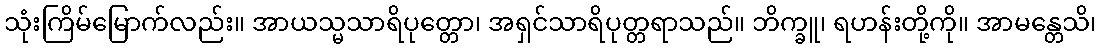
သုံးကြိမ်မြောက်လည်း။ အာယသ္မသာရိပုတ္တော၊ အရှင်သာရိပုတ္တရာသည်။ ဘိက္ခူ၊ ရဟန်းတို့ကို။ အာမန္တေသိ၊